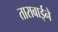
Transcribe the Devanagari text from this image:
ताराबाईनें